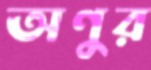
অণুর